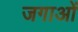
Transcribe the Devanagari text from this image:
जगाओं